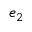
e _ { 2 }